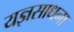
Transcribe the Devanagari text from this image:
यज्ञसाधना